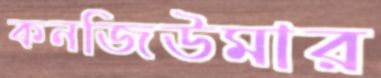
কনজিউমার